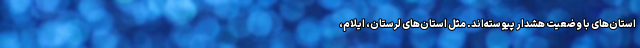
استان‌های با وضعیت هشدار پیوسته‌اند. مثل استان‌های لرستان، ایلام،